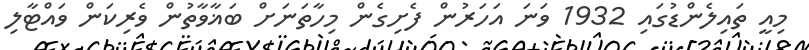
މިއީ ތައިލެންޑުގައި 1932 ވަނަ އަހަރުން ފެށިގެން މިހާތަނަށް ބަޣާވާތުން ވެރިކަން ވައްޓާލި